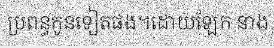
ប្រពន្ធកូនទៀតផង។ដោយឡែក នាង